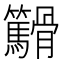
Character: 𬴓